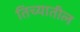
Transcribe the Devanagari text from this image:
तिच्‍यातील